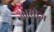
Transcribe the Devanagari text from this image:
कायोज़